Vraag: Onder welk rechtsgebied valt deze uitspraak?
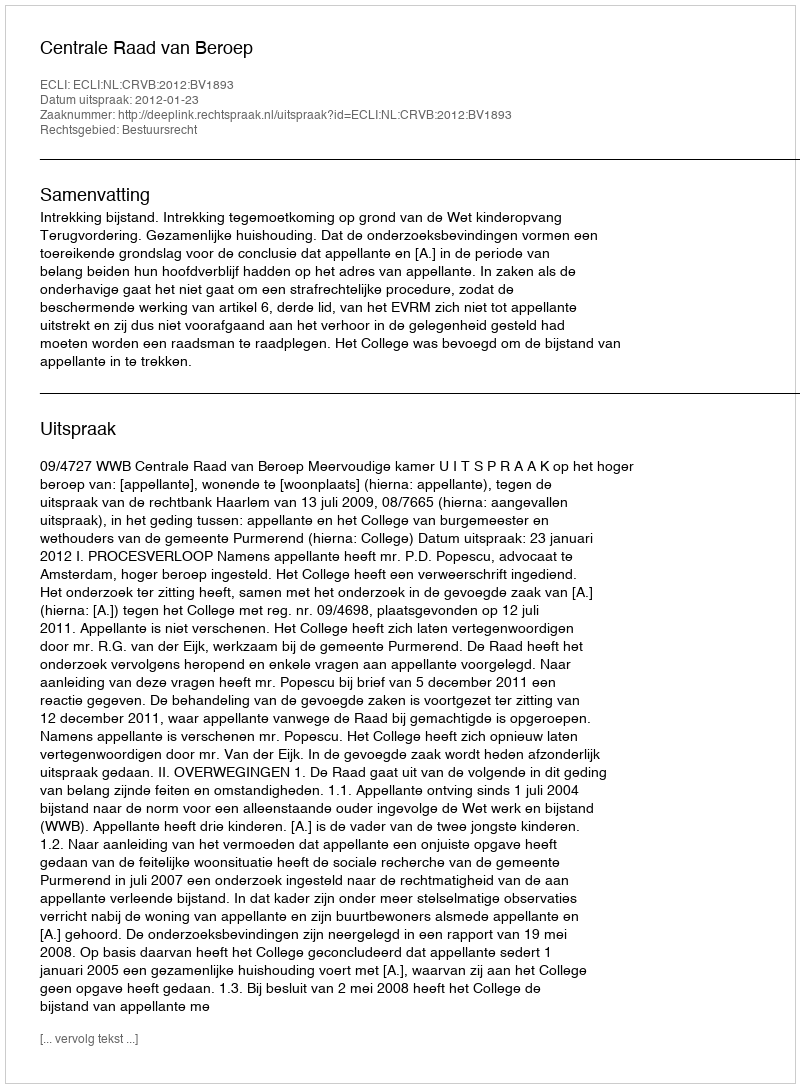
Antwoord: Bestuursrecht